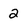
Character: 2